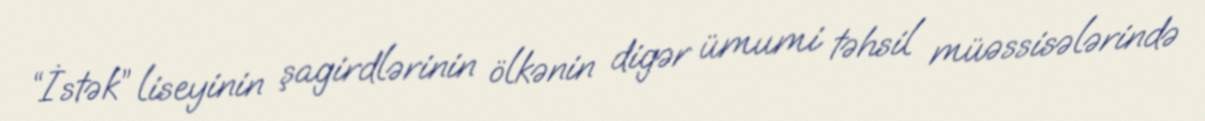
“İstək” liseyinin şagirdlərinin ölkənin digər ümumi təhsil müəssisələrində